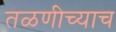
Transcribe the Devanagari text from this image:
तळणीच्याच